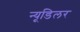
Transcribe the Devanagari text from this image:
न्यूडिलर